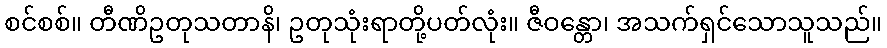
စင်စစ်။ တီဏိဥတုသတာနိ၊ ဥတုသုံးရာတို့ပတ်လုံး။ ဇီဝန္တော၊ အသက်ရှင်သောသူသည်။